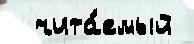
  чита́емый